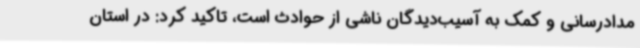
مدادرسانی و کمک به آسیب‌دیدگان ناشی از حوادث است، تاکید کرد: در استان